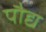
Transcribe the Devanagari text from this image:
पौद्य